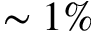
\sim 1 \%